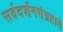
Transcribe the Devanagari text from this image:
सर्वदर्शनसंग्रहाचे